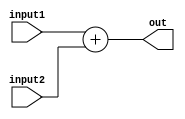
// Code your design here
module Adder(out, input1, input2);
    input wire [31:0] input1;
    input wire [31:0] input2;
    output reg [31:0] out;
    always @ (input1 or input2)
    begin
    out <= input1 + input2;
    end

endmodule